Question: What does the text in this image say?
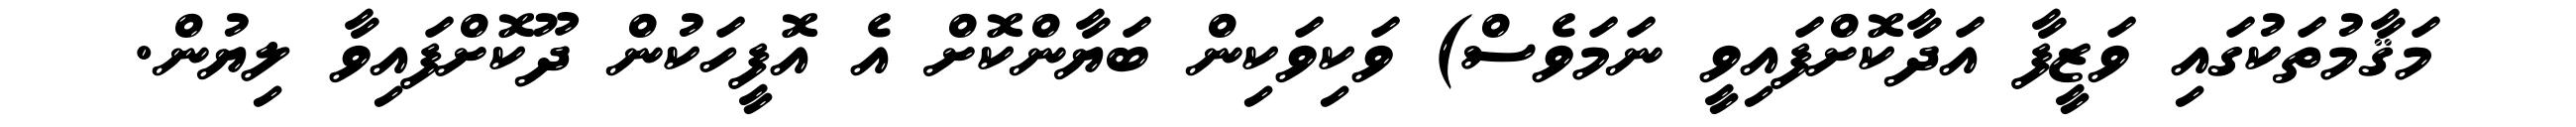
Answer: މަޤާމުތަކުގައި ވަޒީފާ އަދާކޮށްފައިވީ ނަމަވެސް) ވަކިވަކިން ބަޔާންކޮށް އެ އޮފީހަކުން ދޫކޮށްފައިވާ ލިޔުން.